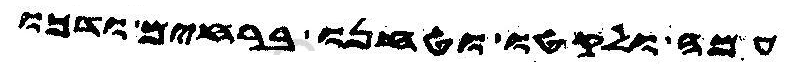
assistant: עמה ולקטו וטחנו ברחים ודכו